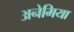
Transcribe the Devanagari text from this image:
अनेमिया